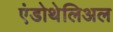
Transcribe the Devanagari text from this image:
एंडोथेलिअल